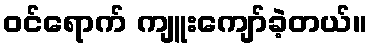
ဝင်ရောက် ကျူးကျော်ခဲ့တယ်။